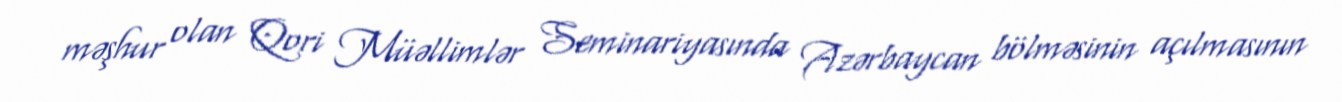
məşhur olan Qori Müəllimlər Seminariyasında Azərbaycan bölməsinin açılmasının